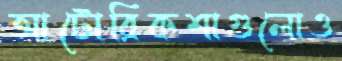
আটোরিকশাগুলোও